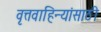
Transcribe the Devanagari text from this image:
वृत्तवाहिन्यांसाठी